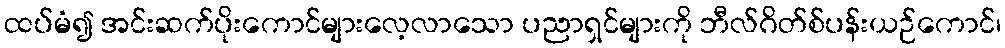
ထပ်မံ၍ အင်းဆက်ပိုးကောင်များလေ့လာသော ပညာရှင်များကို ဘီလ်ဂိတ်စ်ပန်းယဉ်ကောင်၊